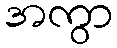
အကွာ